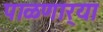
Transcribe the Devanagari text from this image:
पाळणार्‍या